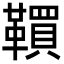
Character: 𩍃